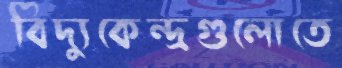
বিদ্যুকেন্দ্রগুলোতে